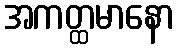
အကတ္ထမာနော